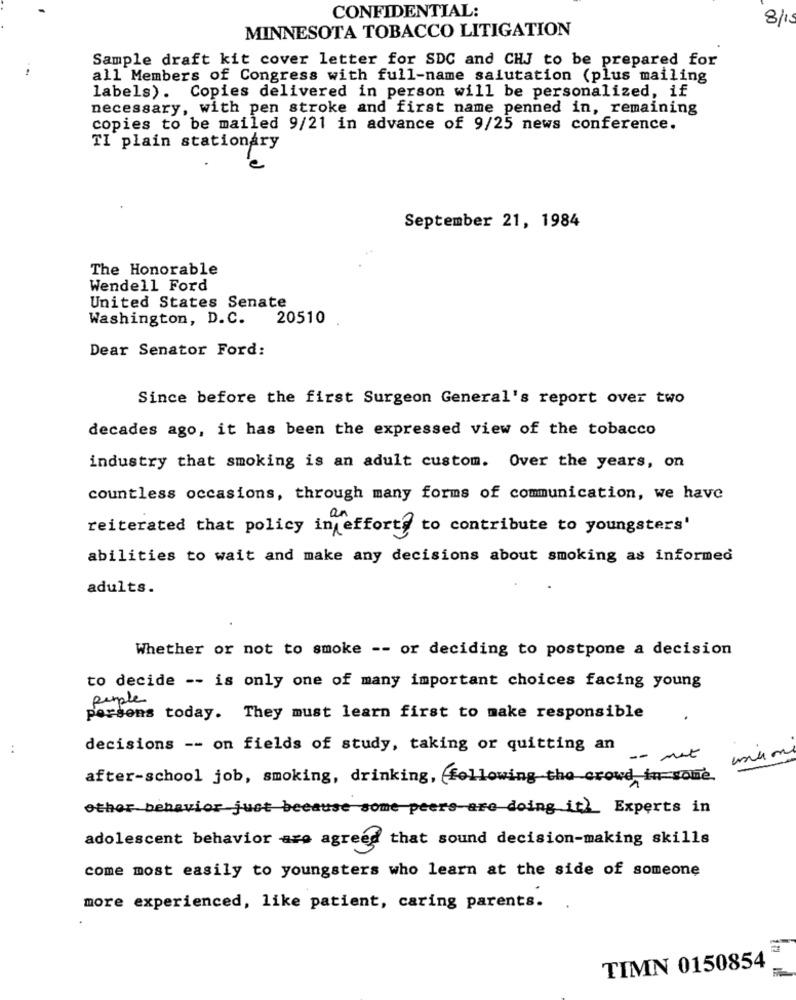
CONFIDENTIAL:
8/15
MINNESOTA TOBACCO LITIGATION
Sample draft kit cover letter for SDC and CHJ to be prepared for
all Members of Congress with full-name salutation (plus mailing
labels). Copies delivered in person will be personalized, if
necessary, with pen stroke and first name penned in, remaining
copies to be mailed 9/21 in advance of 9/25 news conference.
TI plain stationary
September 21, 1984
The Honorable
Wendell Ford
United States Senate
Washington, D.C. 20510
Dear Senator Ford:
Since before the first Surgeon General's report over two
decades ago, it has been the expressed view of the tobacco
industry that smoking is an adult custom. Over the years, on
countless occasions, through many forms of communication, we have
reiterated that policy in efforts to contribute to youngsters'
abilities to wait and make any decisions about smoking as informed
adults.
Whether or not to smoke -- or deciding to postpone a decision
to decide -- is only one of many important choices facing young
purple
persons today. They must learn first to make responsible
..
decisions -- on fields of study, taking or quitting an
-- met
after-school job, smoking, drinking, following the crowd in some
other behavior just because some peers are doing it) Experts in
adolescent behavior are agreed that sound decision-making skills
come most easily to youngsters who learn at the side of someone
more experienced, like patient, caring parents.
TIMN 0150854